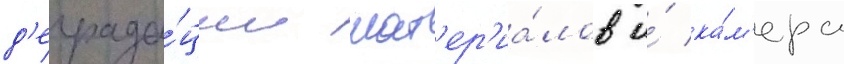
д'еграда́ции мат'ер'иа́лов и́ ка́м'ера